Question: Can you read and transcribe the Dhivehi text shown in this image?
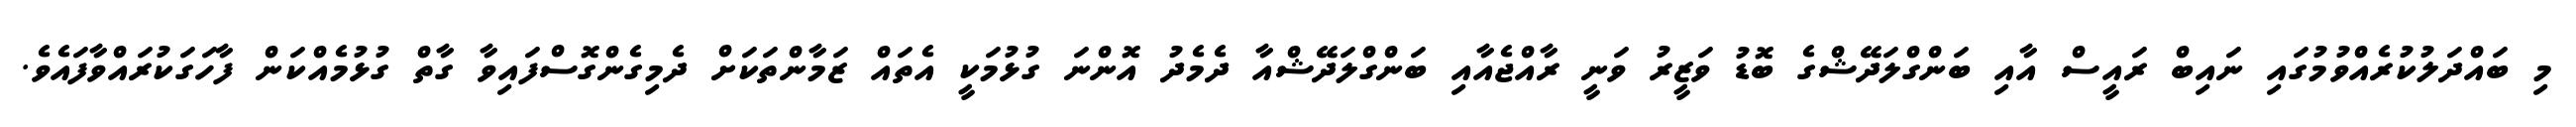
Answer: މި ބައްދަލުކުރެއްވުމުގައި ނައިބް ރައީސް އާއި ބަންގްލަދޭޝްގެ ބޮޑު ވަޒީރު ވަނީ ރާއްޖެއާއި ބަންގްލަދޭޝްއާ ދެމެދު އޮންނަ ގުޅުމަކީ އެތައް ޒަމާންތަކަށް ދެމިގެންގޮސްފައިވާ ގާތް ގުޅުމެއްކަން ފާހަގަކުރައްވާފައެވެ.